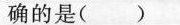
确的是( )